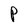
Character: p